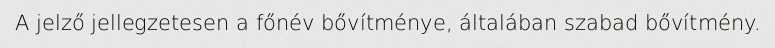
A jelző jellegzetesen a főnév bővítménye, általában szabad bővítmény.